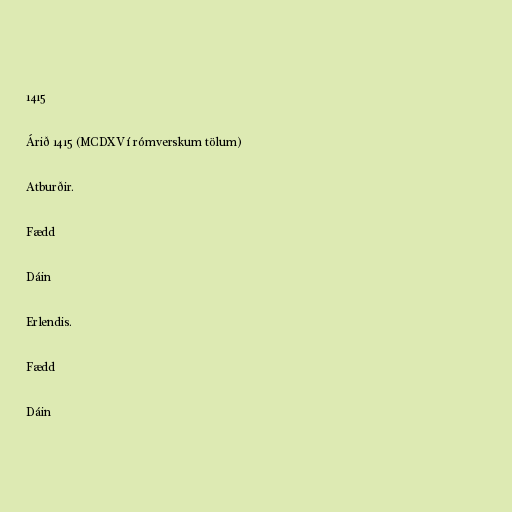
1415

Árið 1415 (MCDXV í rómverskum tölum)

Atburðir.

Fædd

Dáin

Erlendis.

Fædd

Dáin